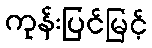
ကုန်းပြင်မြင့်